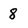
Character: 8